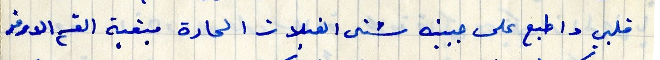
قلبي واطبع على جبينه شتى القبلات الحارة مبقية القسم الاوفر